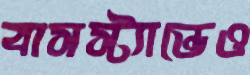
বাসস্ট্যান্ডেও